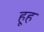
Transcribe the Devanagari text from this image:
हूह